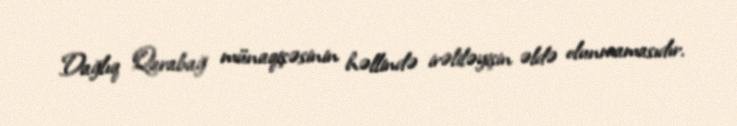
Dağlıq Qarabağ münaqişəsinin həllində irəliləyişin əldə olunmamasıdır.